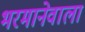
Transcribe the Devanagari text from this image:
भरमानेवाला